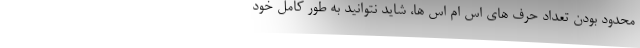
محدود بودن تعداد حرف های اس ام اس ها، شاید نتوانید به طور کامل خود